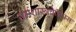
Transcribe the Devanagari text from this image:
धर्मशास्त्रचेतिहासः